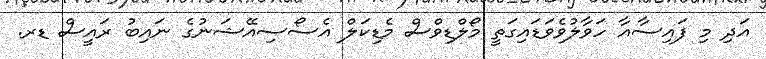
އަދި މި ފައިސާއާ ހަވާލުވެވަޑައިގަތީ މޯލްޑިވްސް މެޑިކަލް އެސޯސިއޭޝަނުގެ ނައިބު ރައީސް ޑރ.